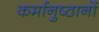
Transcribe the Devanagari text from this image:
कर्मानुष्ठानों